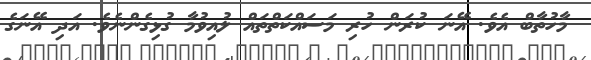
މާހުތާބް އެވެ. އޭނަ ކުރަން ހުރި މަސައްކަތްތައް ލުއިވުމާ ގުޅިގެންނެވެ. އަދި އޭނަގެ